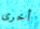
أخرى